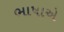
ભાષાએ